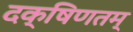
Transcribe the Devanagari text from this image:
दक्षिणतम्